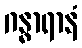
ဂန္ဓာရာနံ